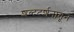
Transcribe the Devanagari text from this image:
शब्ददर्शनातून